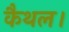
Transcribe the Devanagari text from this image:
कैथल।